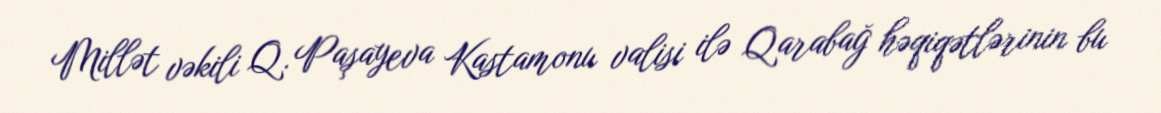
Millət vəkili Q. Paşayeva Kastamonu valisi ilə Qarabağ həqiqətlərinin bu